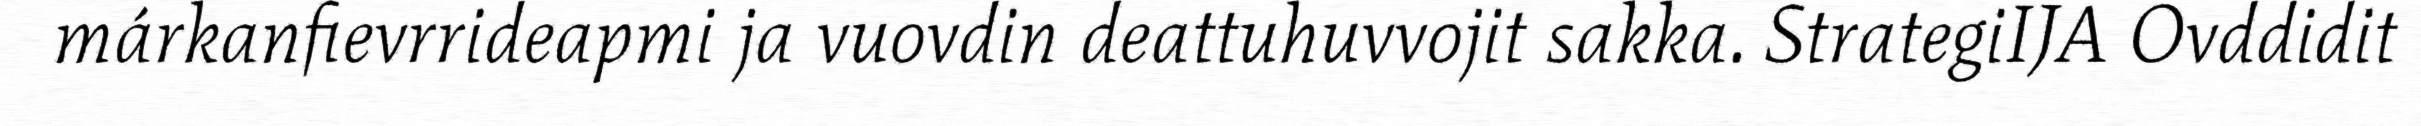
márkanfievrrideapmi ja vuovdin deattuhuvvojit sakka. StrategiIJA Ovddidit